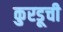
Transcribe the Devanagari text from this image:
कुरडूची